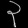
Digit: ၃